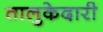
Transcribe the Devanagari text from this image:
तालुकेदारी